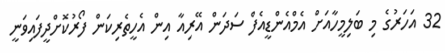
32 އަހަރުގެ މި ބަލިމީހާއަށް އެމްއެންޑީއެފް ސަދަން އޭރިއާ އިން އެހީތެރިކަން ފޯރުކޮށްދީފައިވަނީ